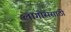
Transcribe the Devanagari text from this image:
लागोससाठी